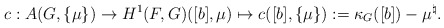
\begin{align*} c:A(G, \{\mu\})\rightarrow H^1(F,G)([b],\mu)\mapsto c([b], \{\mu\}):=\kappa_G([b])-\mu^\natural . \end{align*}